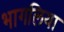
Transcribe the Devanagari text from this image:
भागलिया